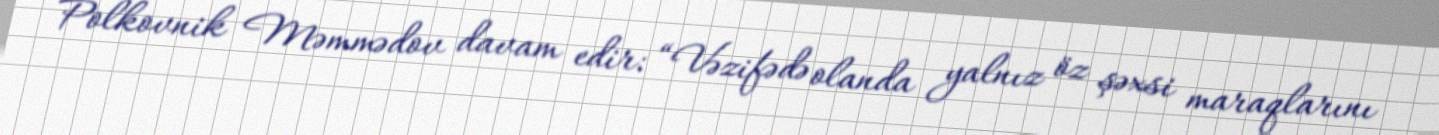
Polkovnik Məmmədov davam edir: “Vəzifədə olanda yalnız öz şəxsi maraqlarını